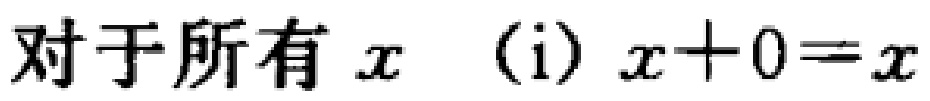
对于所有 \(x\) （i）\(x + 0 = x\)